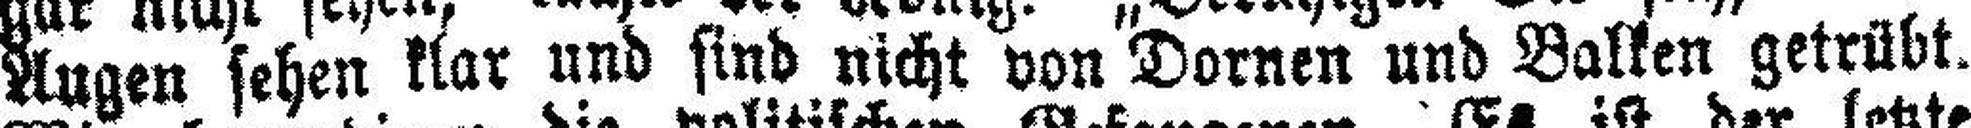
Augen sehen klar und sind nicht von Dornen und Balken getrübt.